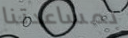
بمساعدتنا